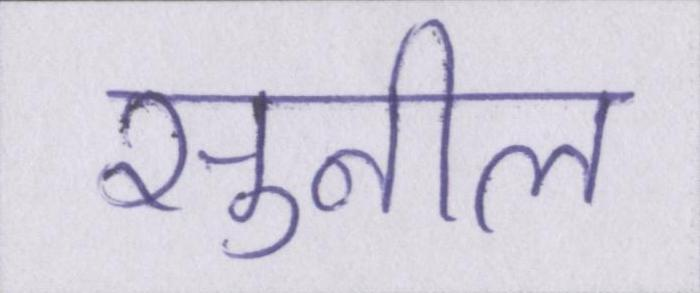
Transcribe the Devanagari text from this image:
सुनील